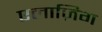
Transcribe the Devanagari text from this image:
एलाज़िग